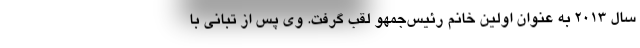
سال 2013 به عنوان اولین خانم رئیس‌جمهو لقب گرفت. وی پس از تبانی با